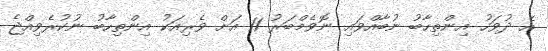
އެ ދުވަހު އިންތިހާބު ނުބާއްވައި ނޮވެމްބަރު 11 އަށް ވެރިއަކު އިންތިހާބު ނުކުރެވިއްޖެ